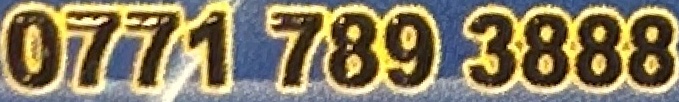
0771 789 3888